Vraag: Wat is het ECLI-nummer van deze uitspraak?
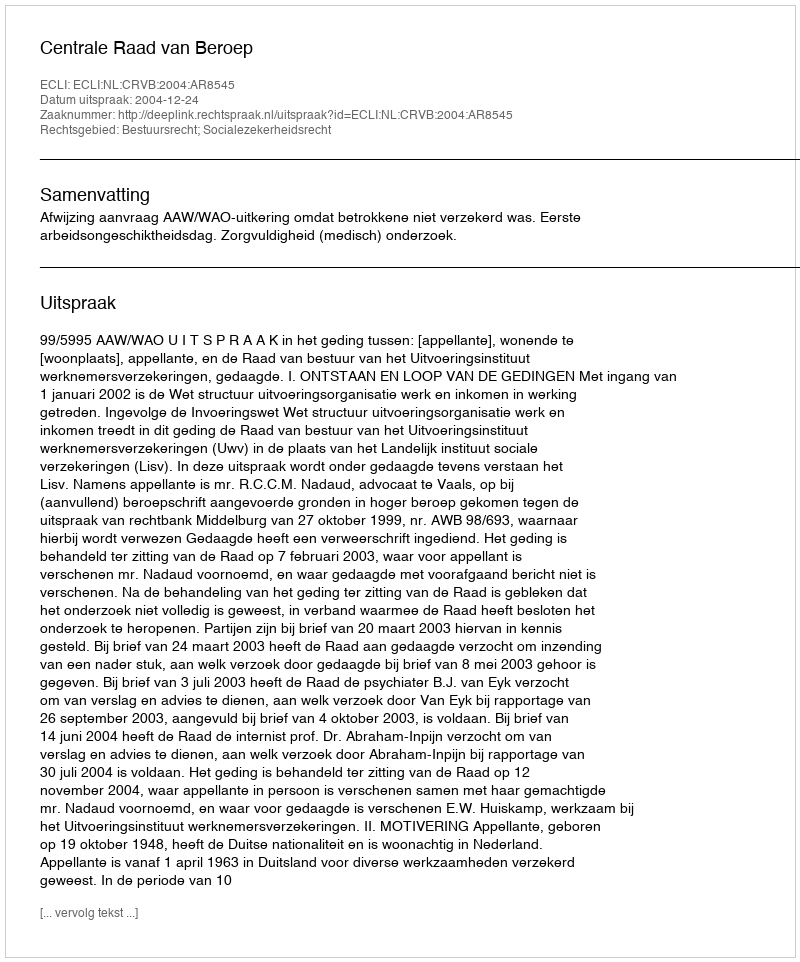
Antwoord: ECLI:NL:CRVB:2004:AR8545